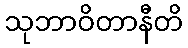
သုဘာဝိတာနီတိ